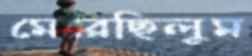
মেরেছিলুম